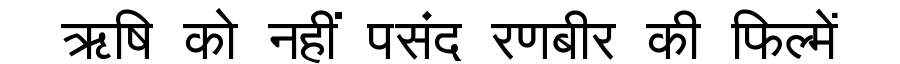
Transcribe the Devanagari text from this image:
ऋषि को नहीं पसंद रणबीर की फिल्में